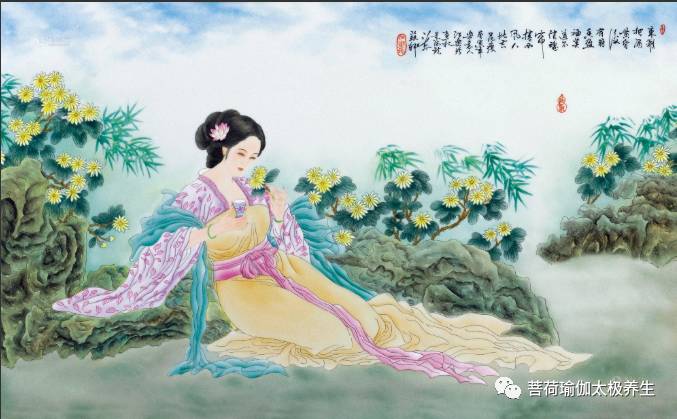
三万里河东入海，五千仞岳上摩天。